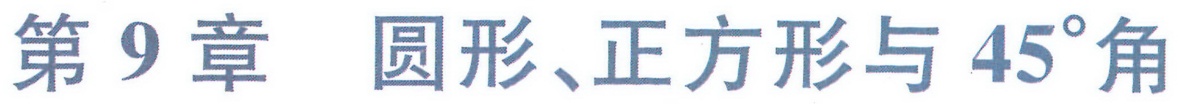
第 \(9\) 章 圆形、正方形与 \(45^{\circ}\)角